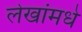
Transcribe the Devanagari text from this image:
लेखांमधे